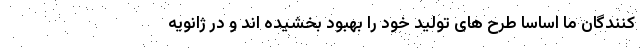
کنندگان ما اساسا طرح های تولید خود را بهبود بخشیده اند و در ژانویه